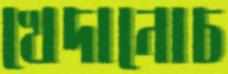
খেদানোচ